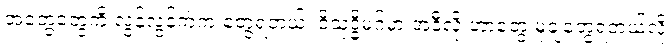
အတွေ့တွေကို လွန်လွန်ကဲကဲ တွေ့ရတယ်၊ ဝိသုဒ္ဓိမဂ်မှာ အဲဒီလို ဟာတွေ မုချတွေ့ရတယ်လို့